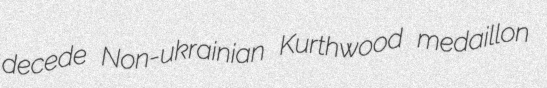
decede Non-ukrainian Kurthwood medaillon